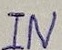
Text: IN